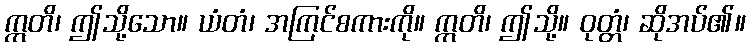
ဣတိ၊ ဤသို့သော။ ယံတံ၊ အကြင်စကားကို။ ဣတိ၊ ဤသို့။ ဝုတ္တံ၊ ဆိုအပ်၏။